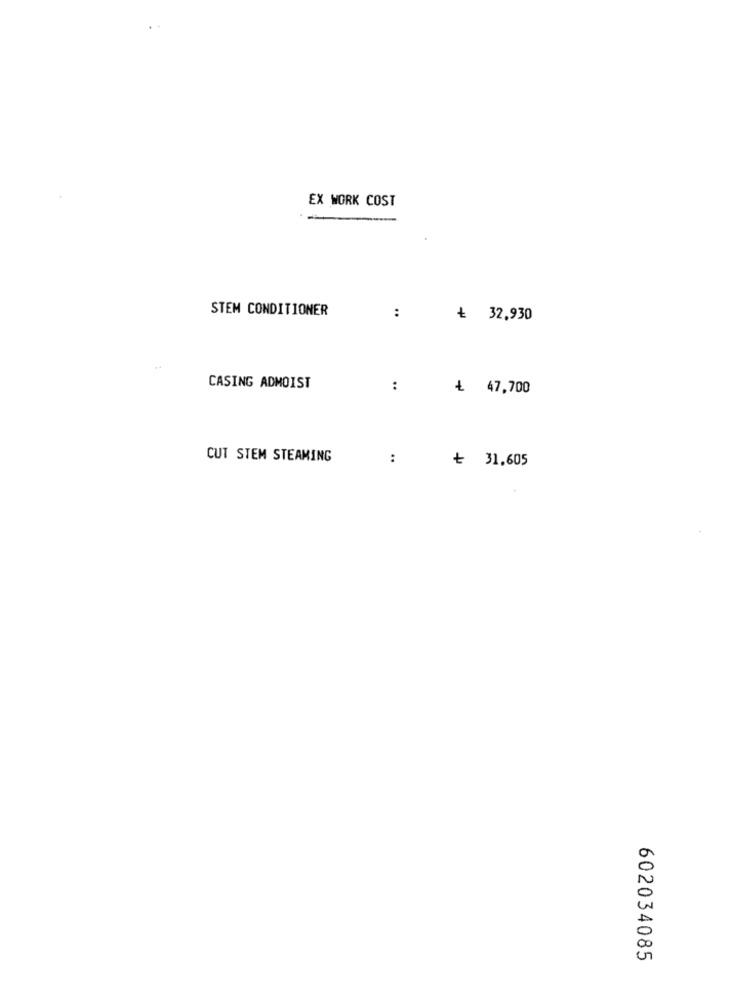
EX WORK COST
STEM CONDITIONER
:
₺ 32,930
CASING ADMOIST
:
₺ 47,700
CUT STEM STEAMING
:
৳ 31,605
602034085